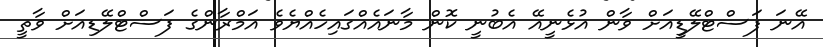
އޭނަ ފަސްޓްލޭޑީއަށް ވާން އުޅެނީއޭ އެބުނީ ކޮން މާނައެއްގައިހެއްޔެވެ އަމްރާންގެ ފަސްޓްލޭޑިއަށް ވާތީ